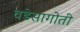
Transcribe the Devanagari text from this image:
वडेसागोती